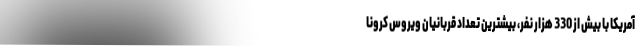
آمریکا با بیش از 330 هزار نفر، بیشترین تعداد قربانیان ویروس کرونا